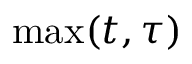
\operatorname* { m a x } ( t , \tau )